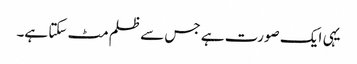
یہی ایک صورت ہے جس سے ظلم مٹ سکتا ہے۔